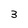
Character: 3